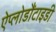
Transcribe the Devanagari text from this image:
ऐप्लोडौंटाइडी